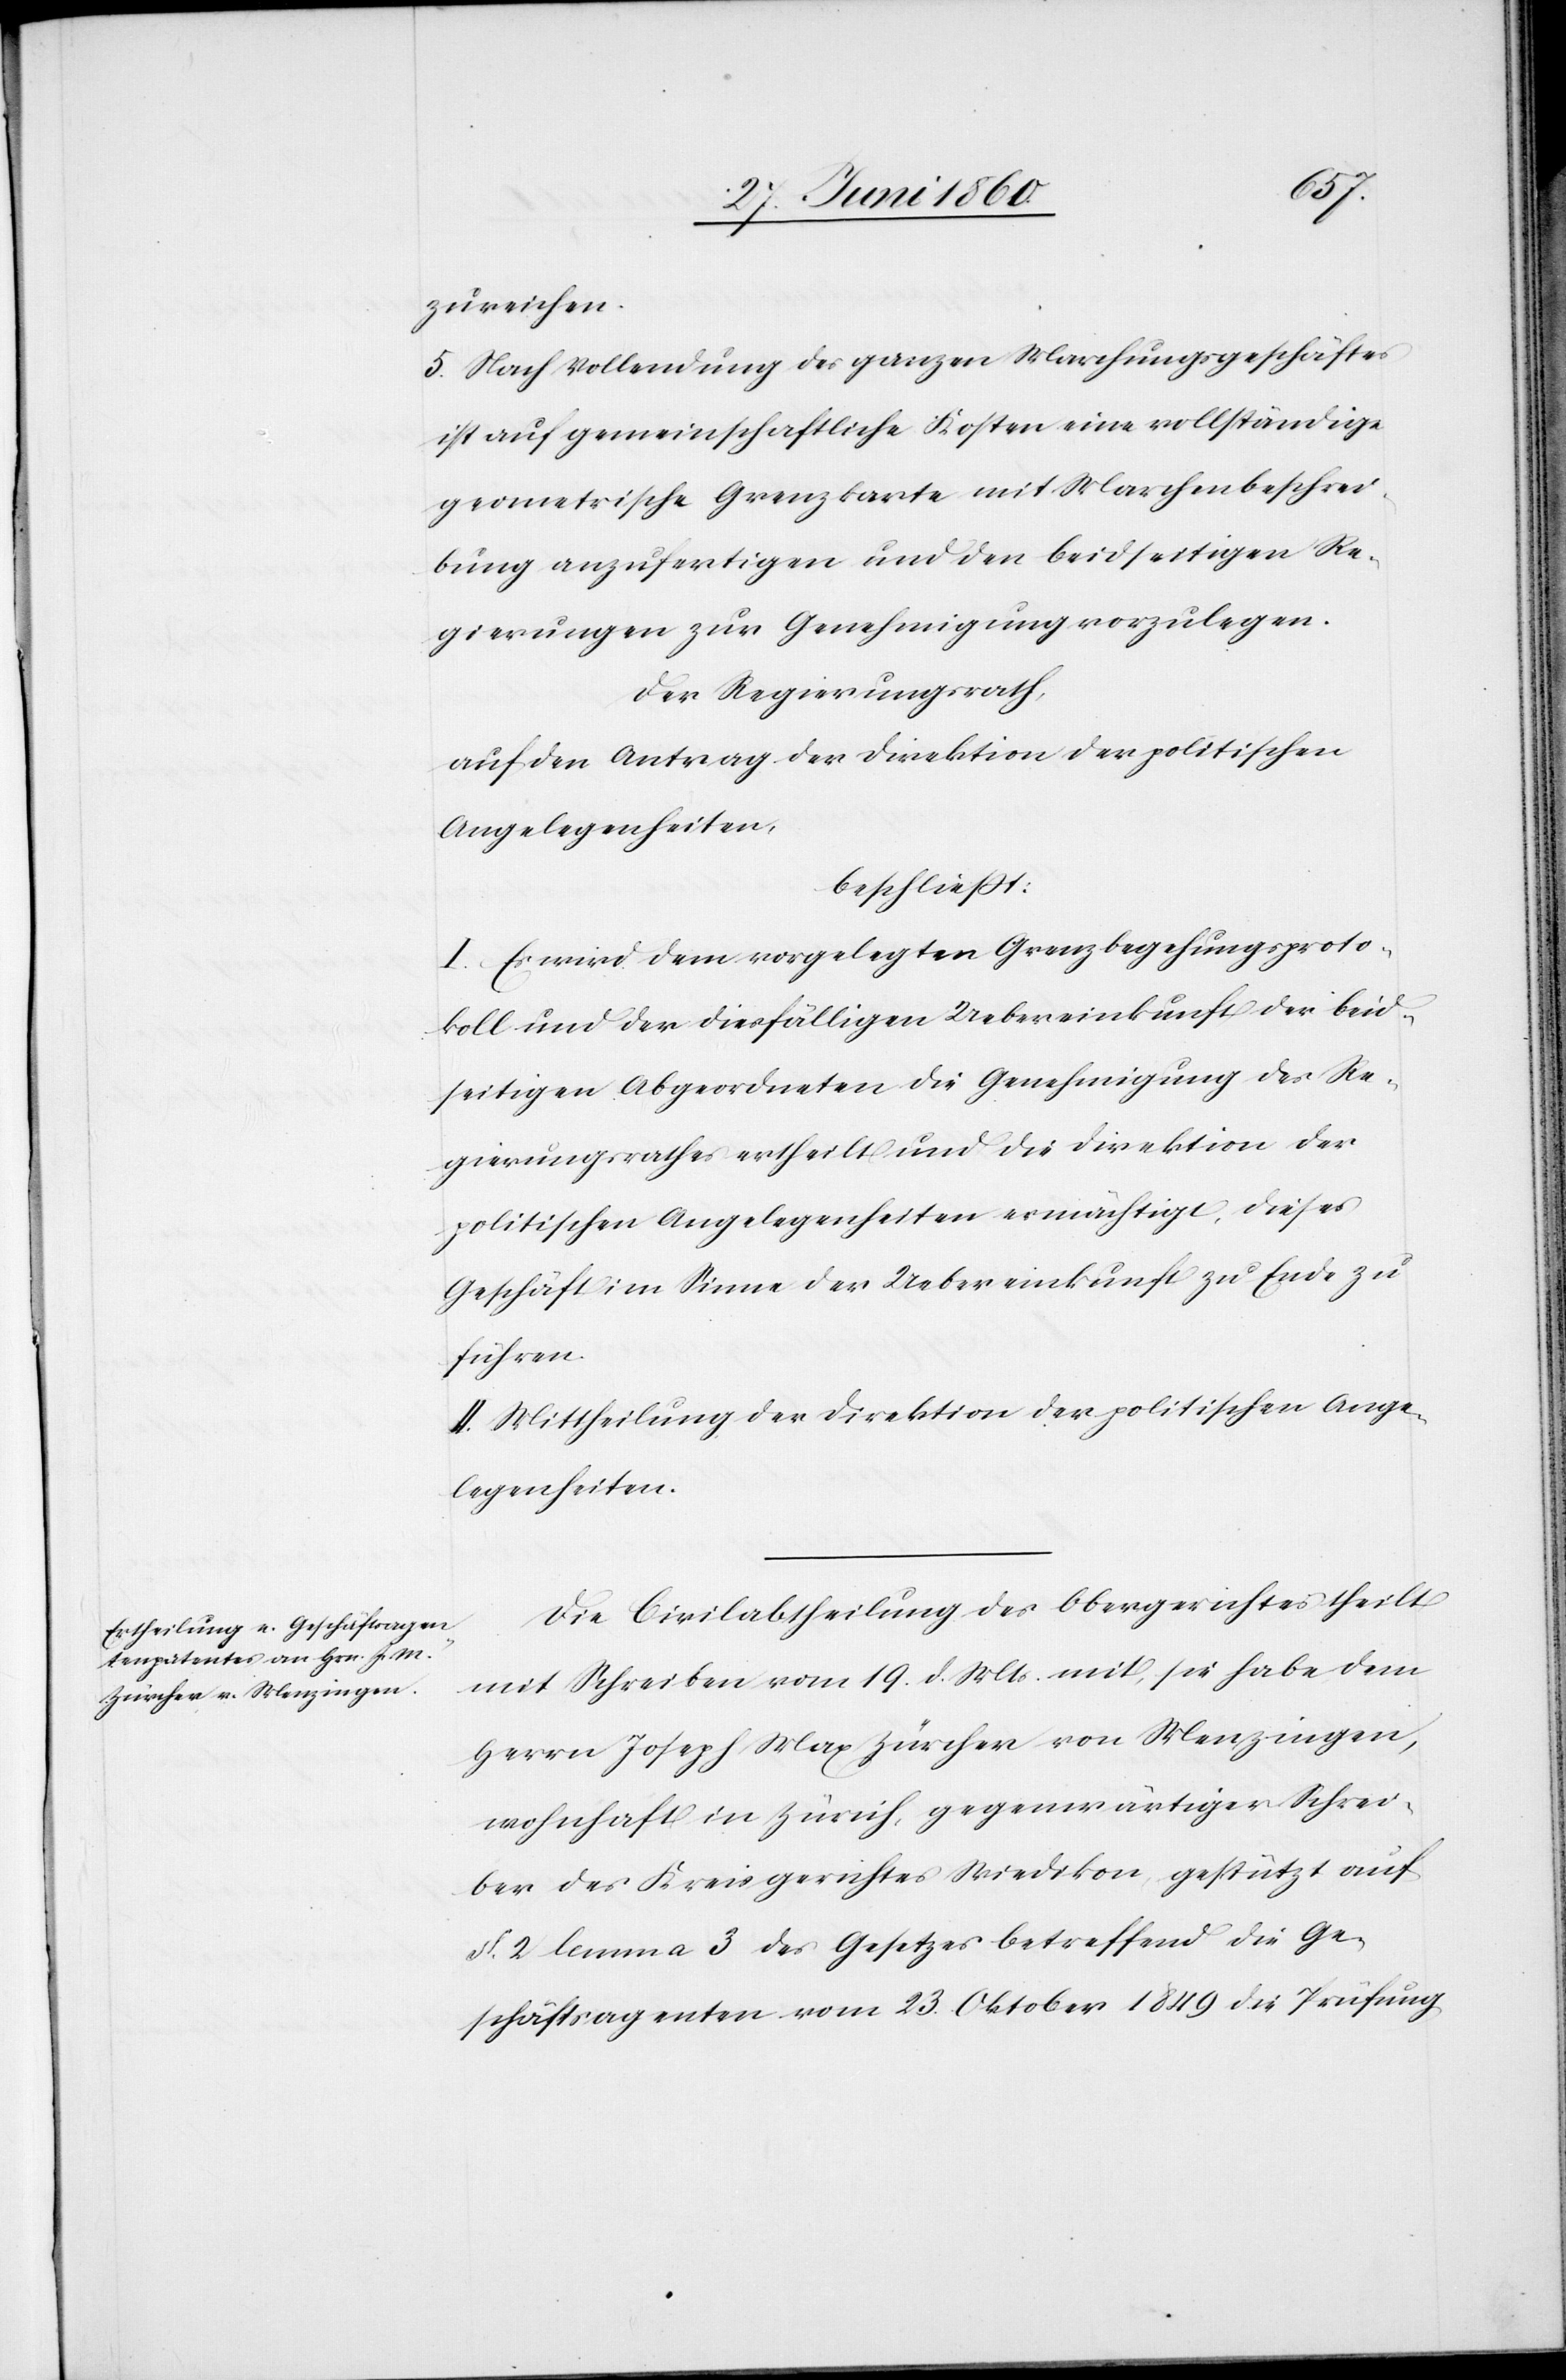
zureichen.
5. Nach Vollendung des ganzen Marchungsgeschäftes
ist auf gemeinschaftliche Kosten eine vollständige
geometrische Grenzkarte mit Marchenbeschrei¬
bung anzufertigen und den beidseitigen Re¬
gierungen zur Genehmigung vorzulegen.
Der Regierungsrath,
auf den Antrag der Direktion der politischen
Angelegenheiten,
beschliesst:
I. Es wird dem vorgelegten Grenzbegehungsproto¬
koll und der diesfälligen Uebereinkunft der beid¬
seitigen Abgeordneten die Genehmigung des Re¬
gierungsrathes ertheilt und die Direktion der
politischen Angelegenheiten ermächtigt, dieses
Geschäft im Sinne der Uebereinkunft zu Ende zu
führen.
II. Mittheilung der Direktion der politischen Ange¬
legenheiten.
Die Civilabtheilung des Obergerichtes theilt
mit Schreiben vom 19. d. Mts. mit, sie habe dem
Herrn Joseph Max Zürcher von Menzingen,
wohnhaft in Zürich, gegenwärtiger Schrei¬
ber des Kreisgerichtes Wiedikon, gestützt auf
§. 2. lemma 3 des Gesetzes betreffend die Ge¬
schäftsagenten vom 23. Oktober 1849 die Prüfung